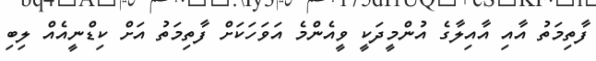
ފާތިމަތު އާއި އާއިލާގެ އުންމީދަކީ ވީއެންމެ އަވަހަކަށް ފާތިމަތު އަށް ކިޑްނީއެއް ލިބި